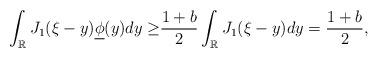
LaTeX: \begin{align*} \int_{\mathbb R} J_1(\xi-y)\underline{\phi}(y)dy\geq&\frac{1+b}{2}\int_{\mathbb R} J_1(\xi-y)dy=\frac{1+b}{2},\end{align*}